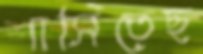
শাসিতেছ